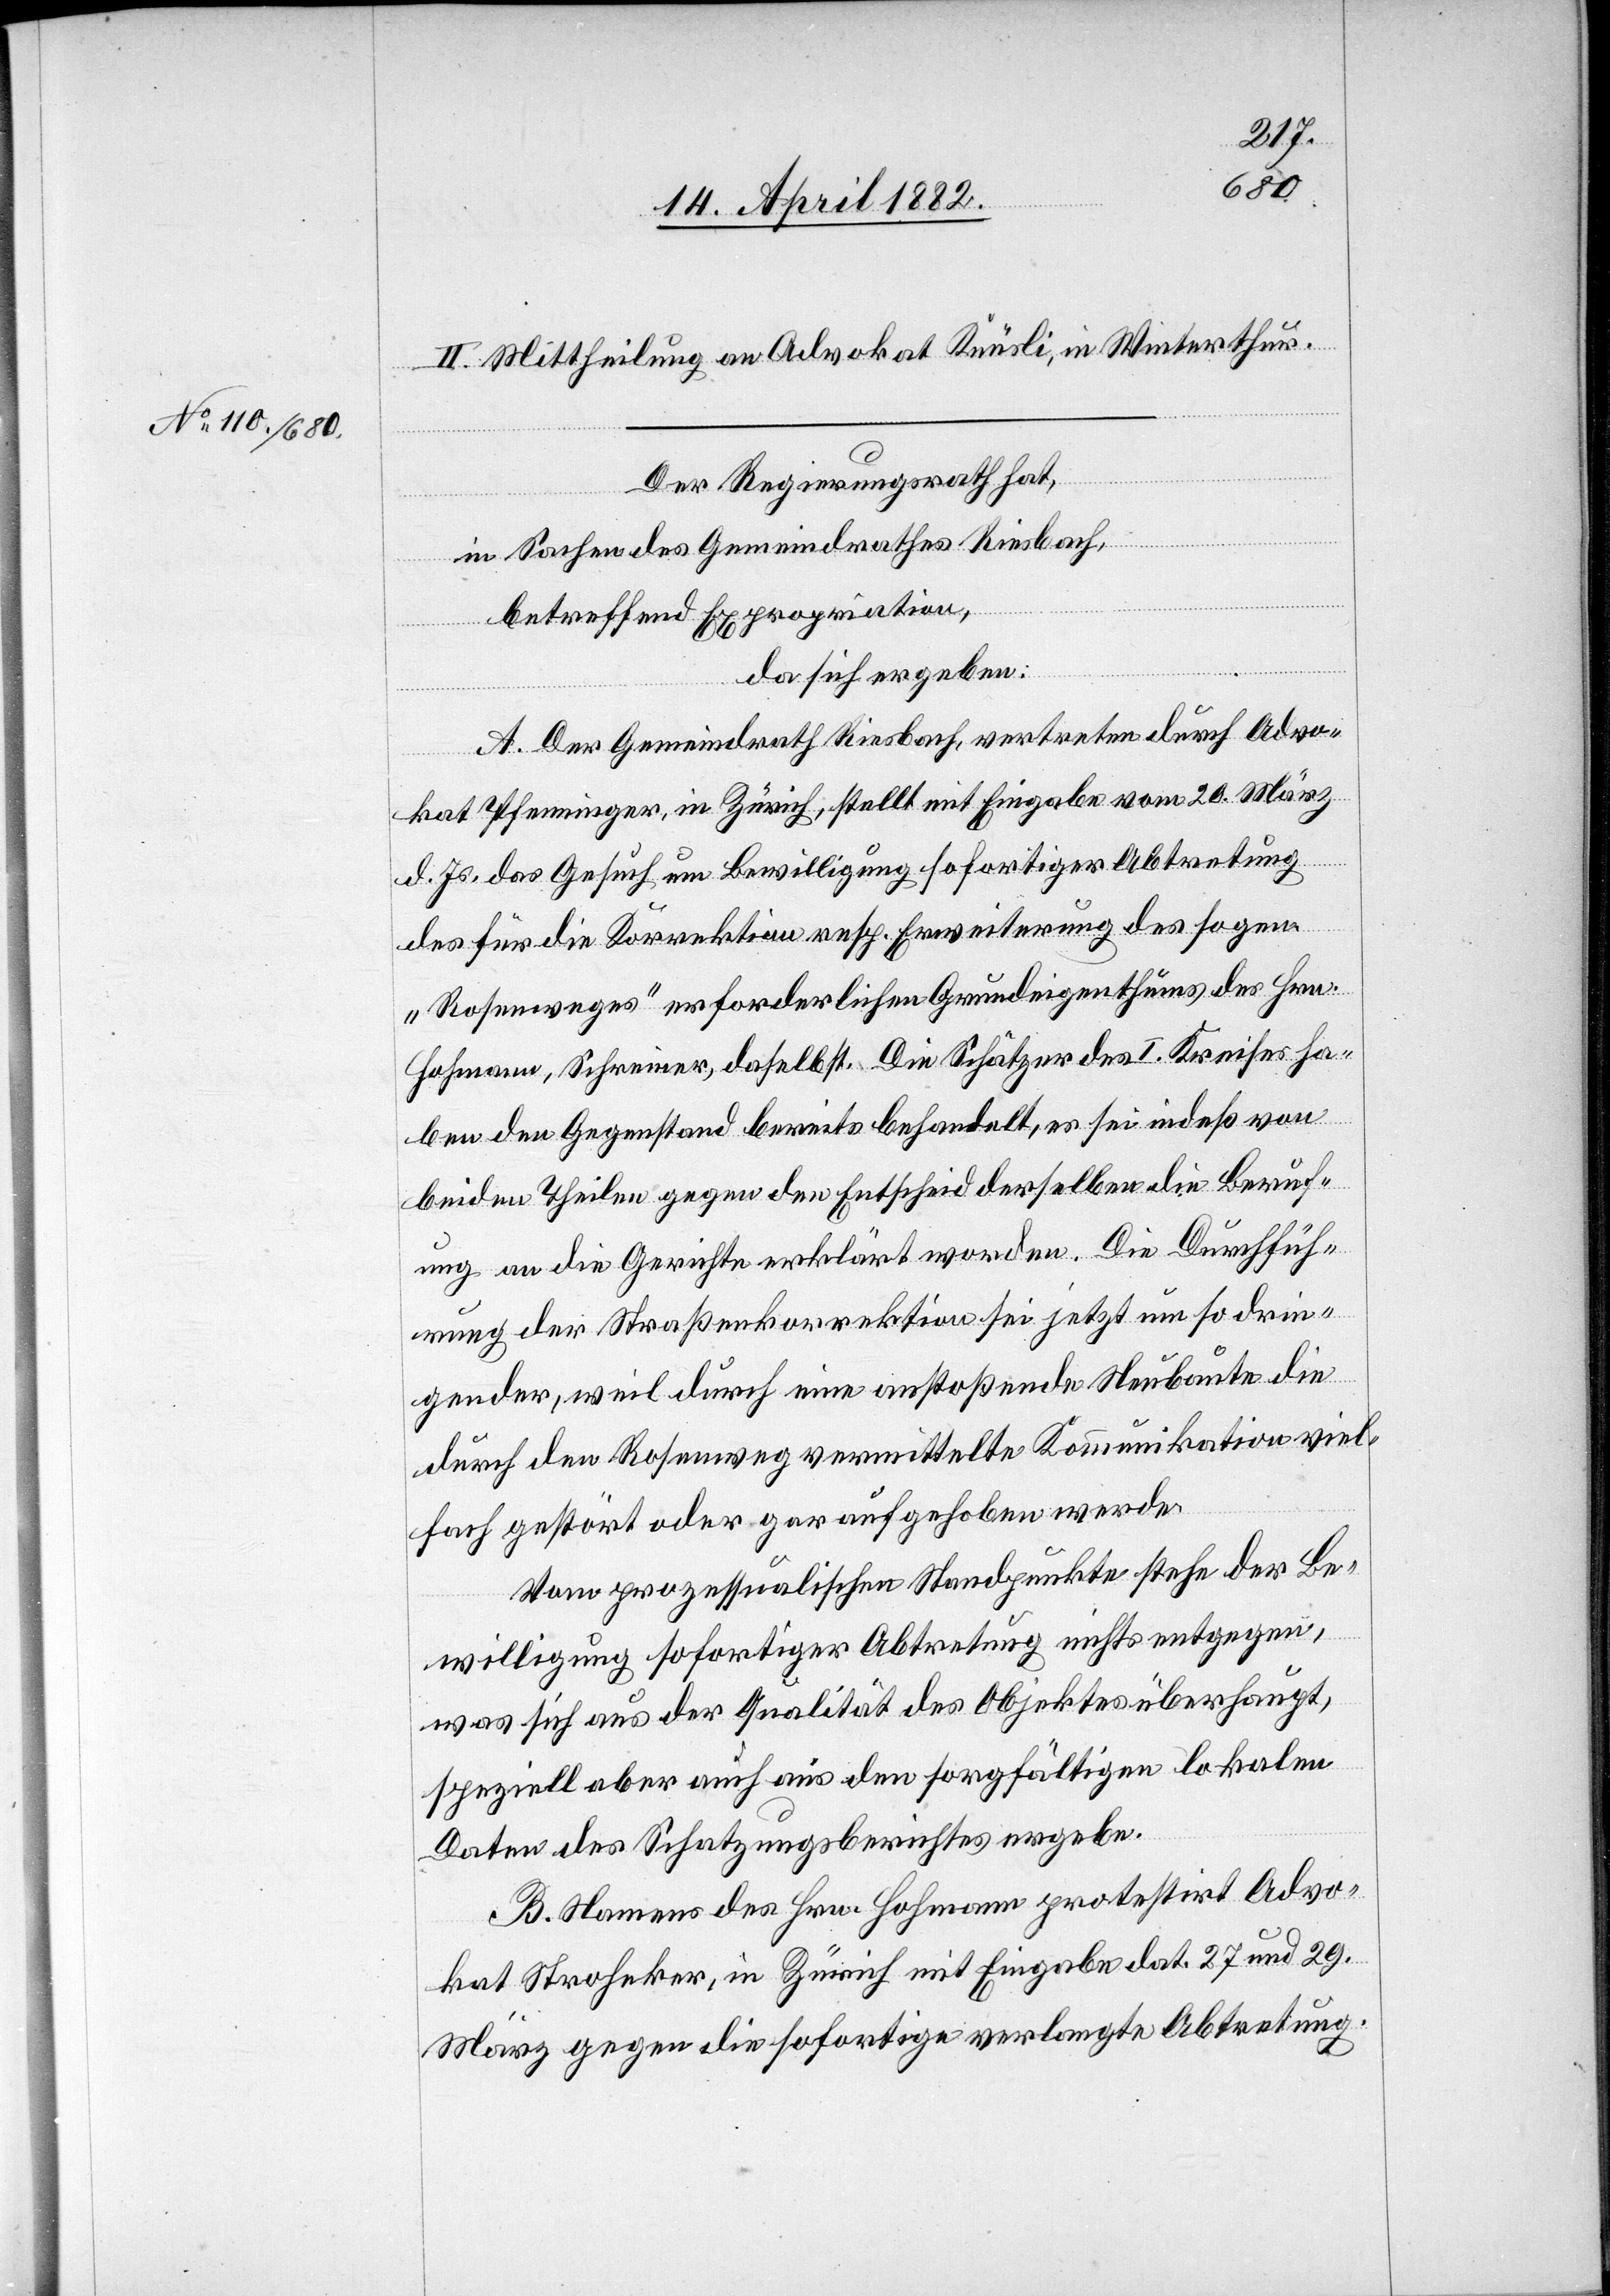
II. Mittheilung an Advokat Knüsli, in Winterthur.
Der Regierungsrath hat,
in Sachen des Gemeindrathes Riesbach,
betreffend Expropriation,
da sich ergeben:
A. Der Gemeindrath Riesbach, vertreten durch Advo¬
kat Pfenninger, in Zürich, stellt mit Eingabe vom 20. März
d. Js. das Gesuch um Bewilligung sofortiger Abtretung
des für die Korrektion resp. Erweiterung des sogen.
„Rosenweges“ erforderlichen Grundeigenthums des Hrn.
Hohmann, Schreiner, daselbst. Die Schätzer des I. Kreises ha¬
ben den Gegenstand bereits behandelt, es sei indeß von
beiden Theilen gegen den Entscheid derselben die Beruf¬
ung an die Gerichte erklärt worden. Die Durchfüh¬
rung der Straßenkorrektion sei jetzt um so drin¬
gender, weil durch eine anstoßende Neubaute die
durch den Rosenweg vermittelte Kommunikation viel¬
fach gestört oder gar aufgehoben werde.
Vom prozessualischen Standpunkte stehe der Be¬
willigung sofortiger Abtretung nichts entgegen,
was sich aus der Qualität des Objektes überhaupt,
speziell aber auch aus den sorgfältigen lokalen
Daten des Schatzungsberichtes ergebe.
B. Namens des Hrn. Hohmann protestirt Advo¬
kat Stroheker, in Zürich mit Eingabe dat. 27 und 29.
März gegen die sofortige verlangte Abtretung.